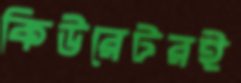
কিউরেটরই